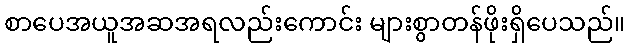
စာပေအယူအဆအရလည်းကောင်း များစွာတန်ဖိုးရှိပေသည်။